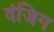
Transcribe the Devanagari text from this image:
दंजिग